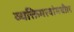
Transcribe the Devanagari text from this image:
व्यक्तिमत्त्वांमधील